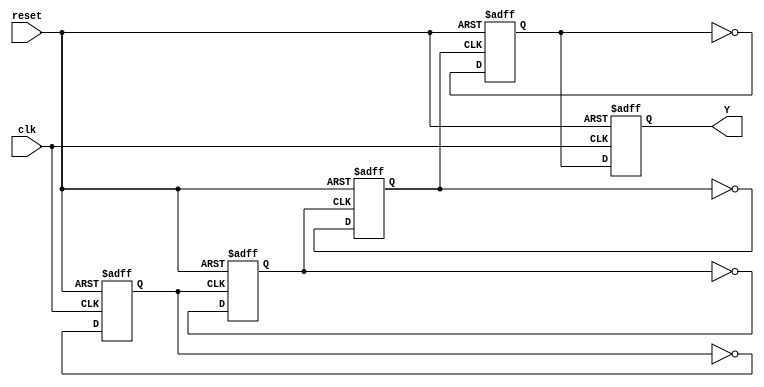
module CNT_ASYNC_CLK_DIV16(
    input clk, reset,
    output Y
);

reg div2, div4, div8, div16, Y;

always @(posedge clk or negedge reset)
begin
    if(!reset)
        div2 = 0;
    else
        div2 = !div2;
end

always @(posedge div2 or negedge reset)
begin
    if(!reset)
        div4 = 0;
    else
        div4 = !div4;
end

always @(posedge div4 or negedge reset)
begin
    if(!reset)
        div8 = 0;
    else
        div8 = !div8;
end

always @(posedge div8 or negedge reset)
begin
    if(!reset)
        div16 = 0;
    else
        div16 = !div16;
end

always @(posedge clk or negedge reset)
begin
    if(!reset)
        Y = 0;
    else
        Y = div16;
end

endmodule